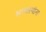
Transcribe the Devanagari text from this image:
सन्यास्यांना